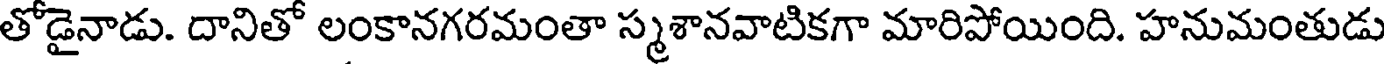
తోడైనాడు. దానితో లంకానగరమంతా స్మశానవాటికగా మారిపోయింది. హనుమంతుడు